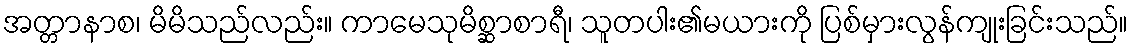
အတ္တာနာစ၊ မိမိသည်လည်း။ ကာမေသုမိစ္ဆာစာရီ၊ သူတပါး၏မယားကို ပြစ်မှားလွန်ကျုးခြင်းသည်။